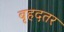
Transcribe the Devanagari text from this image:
बृहदतर